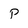
Character: P